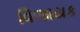
વિજાયક